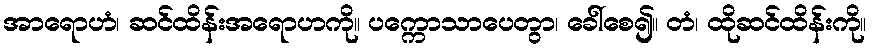
အာရောဟံ၊ ဆင်ထိန်းအရောဟကို။ ပက္ကောသာပေတွာ၊ ခေါ်စေ၍။ တံ၊ ထိုဆင်ထိန်းကို။